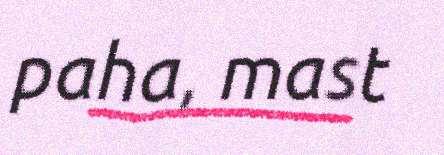
paha, mast